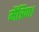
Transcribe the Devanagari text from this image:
मैत्रिपा।